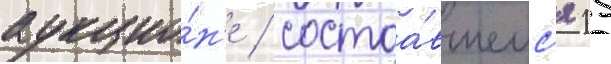
аукцио́н'е / состоа́вшемс'я 15